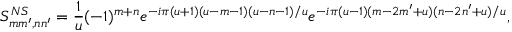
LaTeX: S _ { m m ^ { \prime } , n n ^ { \prime } } ^ { N S } = \frac { 1 } { u } ( - 1 ) ^ { m + n } e ^ { - i \pi ( u + 1 ) ( u - m - 1 ) ( u - n - 1 ) / u } e ^ { - i \pi ( u - 1 ) ( m - 2 m ^ { \prime } + u ) ( n - 2 n ^ { \prime } + u ) / u } ,